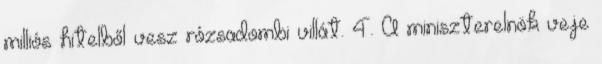
milliós hitelből vesz rózsadombi villát. 4. A miniszterelnök veje